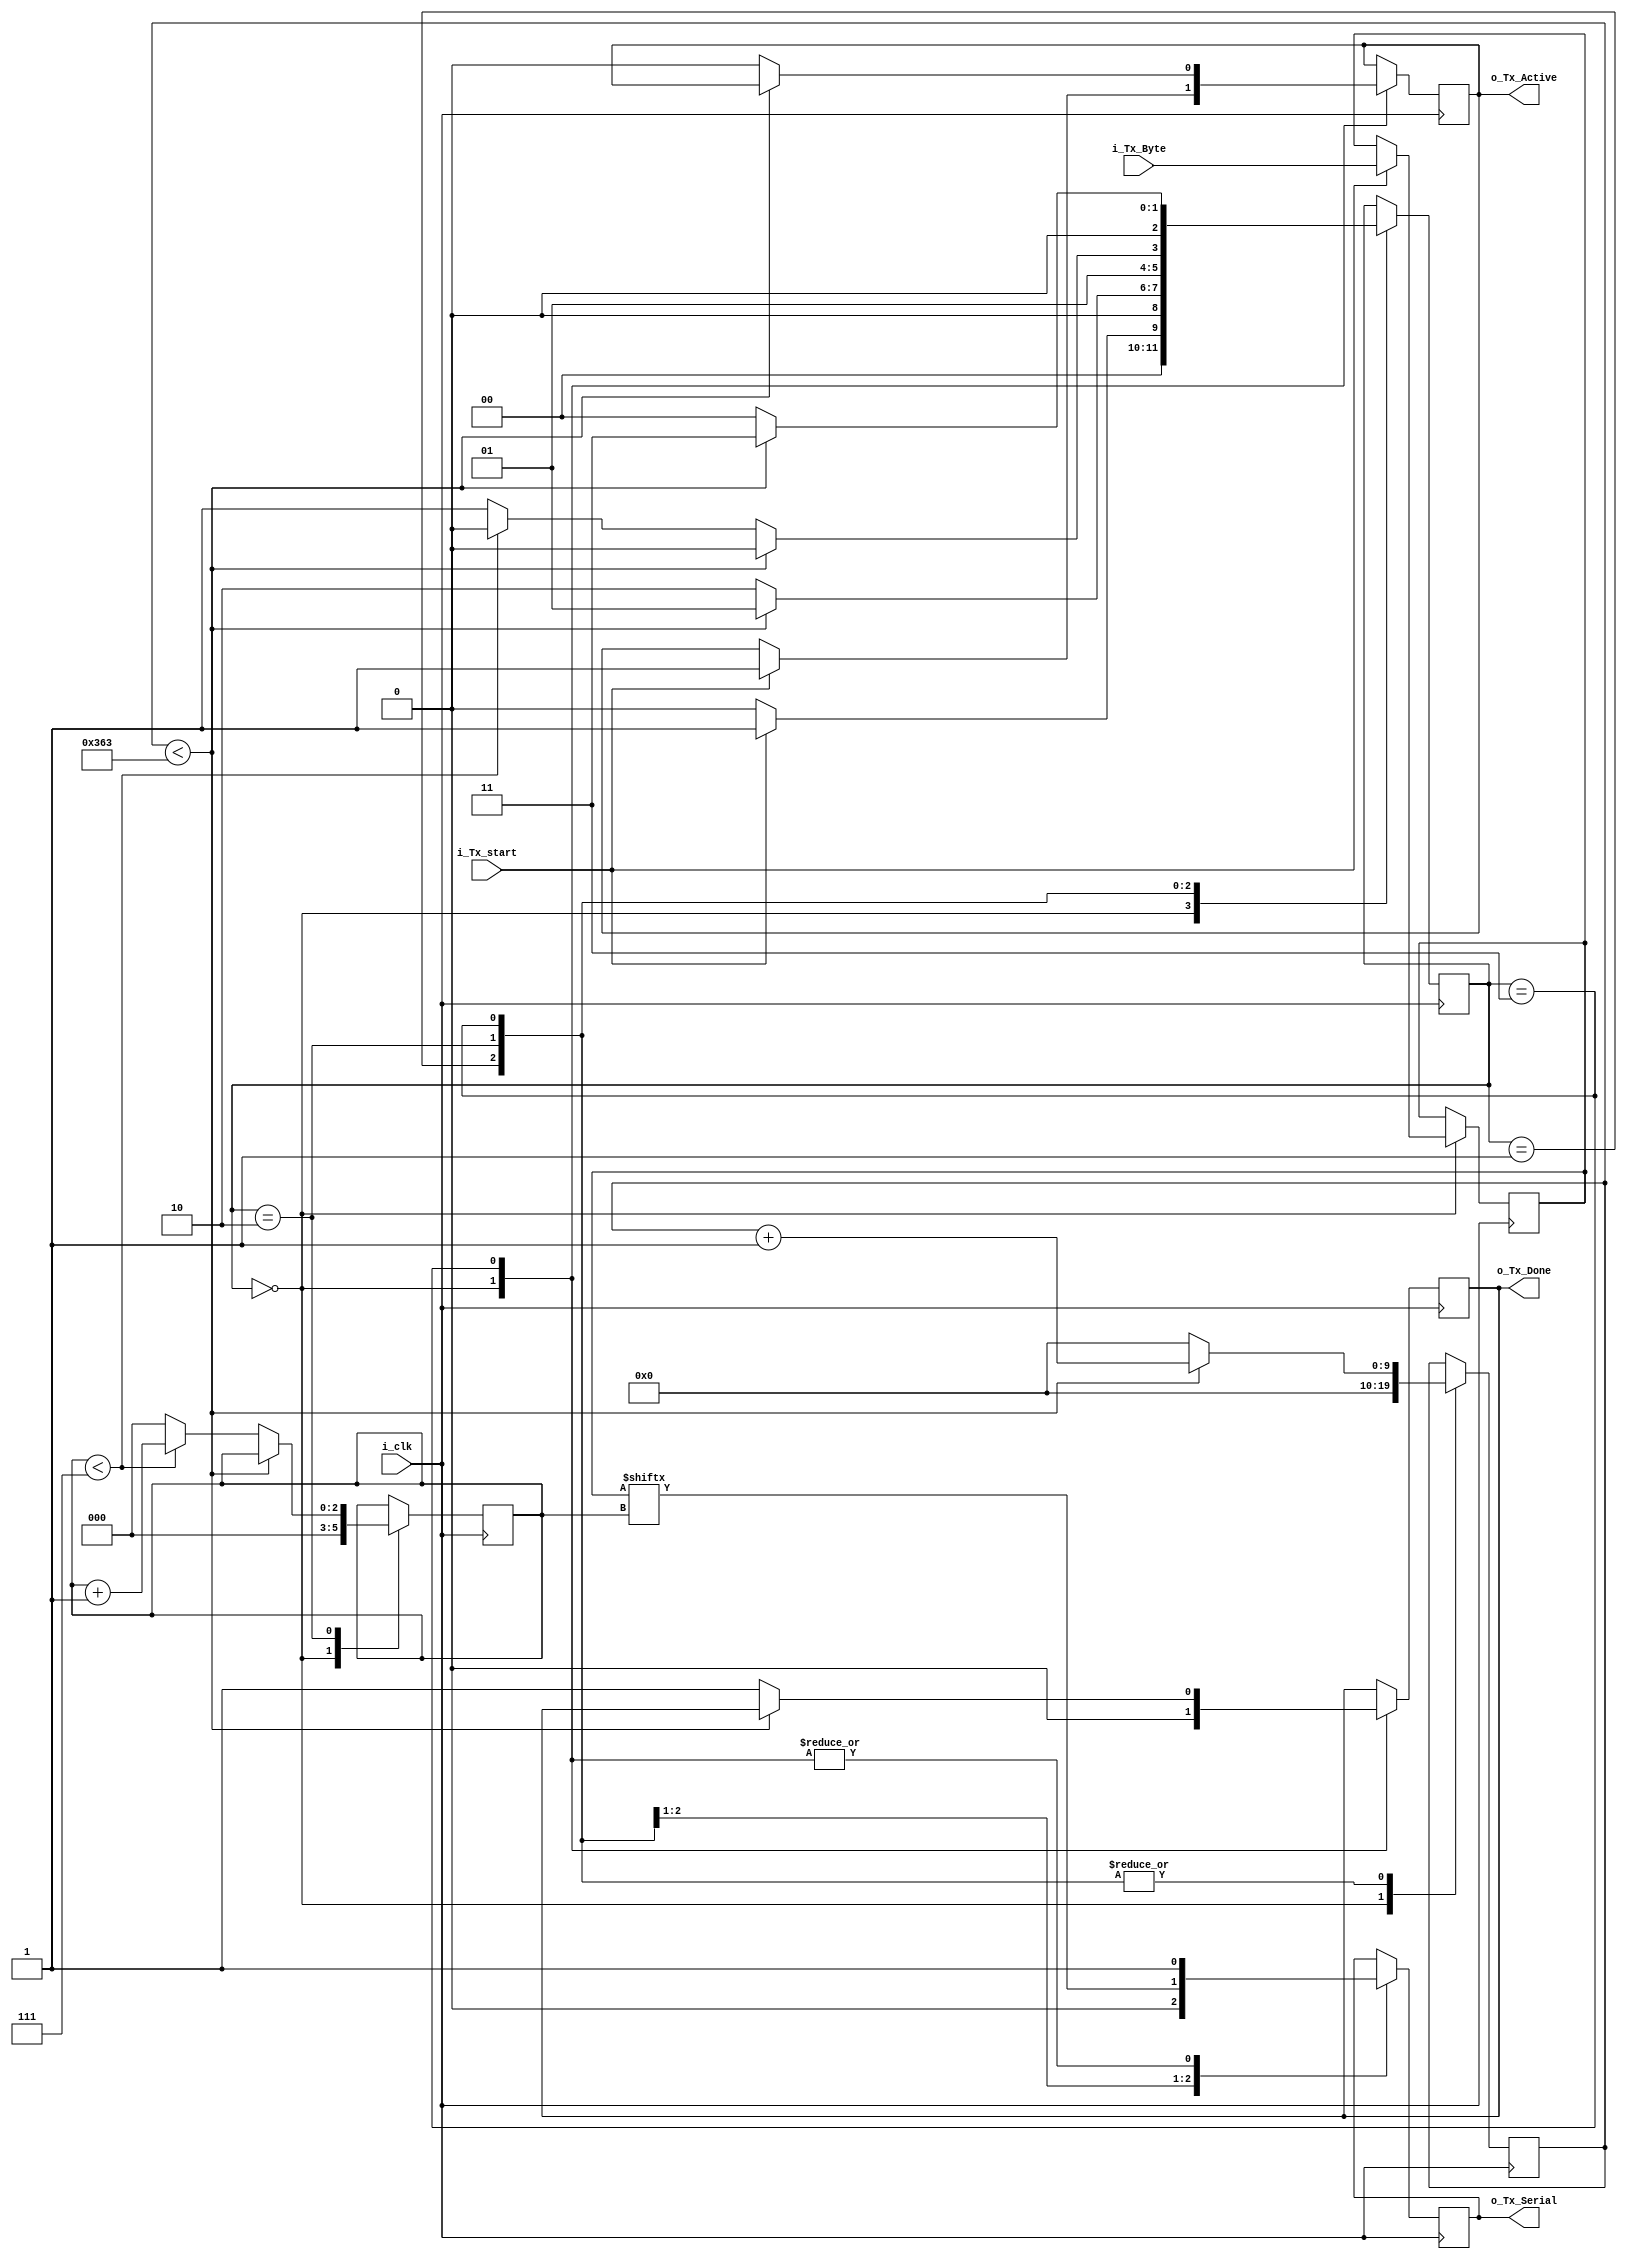
`timescale 1ns / 1ps

module uart_tx_t
    #(   
    parameter c_clkfreq    = 100_000_000,
    parameter c_baudrate   = 115_200         // Her bir clock'ta geen bit says.
    )
    (
    input       i_clk,
    input       i_Tx_start,	
    input [7:0] i_Tx_Byte,
    output      o_Tx_Active,		
    output reg  o_Tx_Serial,
    output      o_Tx_Done	
    );
   			                                                  // Veri hattndan saniyede geen bit says.
    localparam CLKS_PER_BIT = c_clkfreq/c_baudrate;	         // Her bir clock'ta geen bit says.
  
    localparam s_IDLE         = 2'b00;
    localparam s_TX_START_BIT = 2'b01;
    localparam s_TX_DATA_BITS = 2'b10;
    localparam s_TX_STOP_BIT  = 2'b11;
    
   
    reg [2:0]                       r_durum     	 = 0;	
    reg [$clog2(CLKS_PER_BIT)-1:0]  r_Clock_Count = 0;
    reg [2:0]                       r_Bit_Index   = 0;
    reg [7:0]                       r_Tx_Data     = 0;
    reg                             r_Tx_Done     = 0;
    reg                             r_Tx_Active   = 0;
     
    always @(posedge (i_clk))
        begin
       
        case (r_durum)
            s_IDLE :
            begin
                o_Tx_Serial   <= 1'b1;                          // IDLE durumunda veri hatt logic 1 seviyesinde.
                r_Tx_Done     <= 1'b0;
                r_Clock_Count <= 0;
                r_Bit_Index   <= 0;
             
                if (i_Tx_start == 1'b1)
                begin
                    r_Tx_Active <= 1'b1;
                    r_Tx_Data   <= i_Tx_Byte;
                    r_durum     <= s_TX_START_BIT;
                end
                else
                r_durum <= s_IDLE;
            end 
         
         
            // Veri gndermeye balamak iin veri hatt "CLKS_PER_BIT-1" kadar logic 0'da kalr.
            s_TX_START_BIT :
            begin
                o_Tx_Serial <= 1'b0;
             
                // Start biti iin "CLKS_PER_BIT-1" kadar beklenir.
                if (r_Clock_Count < CLKS_PER_BIT-1)
                begin
                    r_Clock_Count <= r_Clock_Count + 1;
                    r_durum  	  <= s_TX_START_BIT;
                end else begin
                    r_Clock_Count <= 0;
                    r_durum       <= s_TX_DATA_BITS;
                end
            end 
         
         
            // Her bir veri biti aktarlrken "CLKS_PER_BIT-1" kadar beklenir.         
            s_TX_DATA_BITS :
            begin
                o_Tx_Serial <= r_Tx_Data[r_Bit_Index];
             
                if (r_Clock_Count < CLKS_PER_BIT-1)
                begin
                    r_Clock_Count <= r_Clock_Count + 1;
                    r_durum       <= s_TX_DATA_BITS;
                end else begin
                    r_Clock_Count <= 0;
                 
                    // Tm bitler gnderildi mi kontrol edilir.
                    if (r_Bit_Index < 7)
                    begin
                        r_Bit_Index <= r_Bit_Index + 1;
                        r_durum     <= s_TX_DATA_BITS;
                    end else begin
                        r_Bit_Index <= 0;
                        r_durum     <= s_TX_STOP_BIT;
                    end
                end
            end 
         
         
            // Stop bit gnderilir, STOP bit logic 1'dir.
            s_TX_STOP_BIT :
            begin
                o_Tx_Serial <= 1'b1;
             
                // Stop biti iin "CLKS_PER_BIT-1" kadar beklenir.
                if (r_Clock_Count < CLKS_PER_BIT-1)
                begin
                    r_Clock_Count <= r_Clock_Count + 1;
                    r_durum       <= s_TX_STOP_BIT;
                end else begin
                    r_Tx_Done     <= 1'b1;
                    r_Clock_Count <= 0;
                    r_durum       <= s_IDLE;
                    r_Tx_Active   <= 1'b0;
                end
            end 
         
        endcase
        end
    
    assign o_Tx_Active = r_Tx_Active;
    assign o_Tx_Done   = r_Tx_Done;
   
endmodule